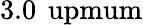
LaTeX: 3.0\, \mathrm{\ upmum}